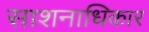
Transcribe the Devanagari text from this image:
साशनाधिकार